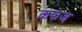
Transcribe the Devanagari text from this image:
कफज